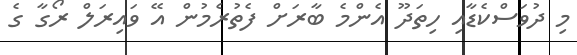
މި ދުވަސްކެޑާއި ހިތަދޫ އެންމެ ބާރަށް ފެތުރެމުން އޭ ވައިރަލް ރޯގާ ގެ